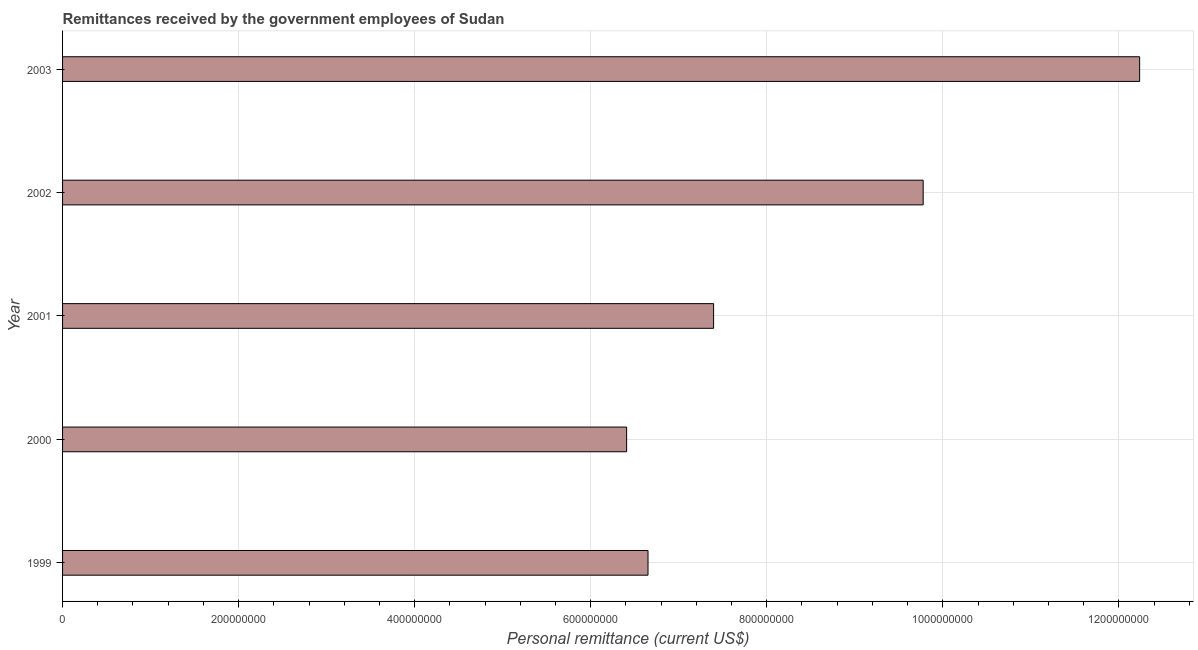
| Year | Personal remittances |
 | --- | --- |
 | 1999 | 6.65e+08 |
 | 2000 | 6.41e+08 |
 | 2001 | 7.4e+08 |
 | 2002 | 9.78e+08 |
 | 2003 | 1.22e+09 |